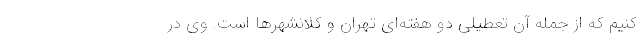
کنیم که از جمله آن تعطیلی دو هفته‌ای تهران و کلانشهرها است. وی در